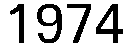
1974